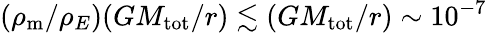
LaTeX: (\rho_{\mathrm{m}}/\rho_{E})(GM_{\mathrm{tot}}/r)\lesssim(GM_{\mathrm{tot}}/r)\sim 10^{-7}